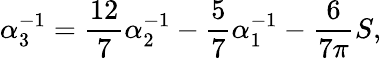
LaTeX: \alpha_{3}^{-1}=\frac{12}{7}\alpha_{2}^{-1}-\frac{5}{7}\alpha_{1}^{-1}-\frac{6}{7\pi}S,